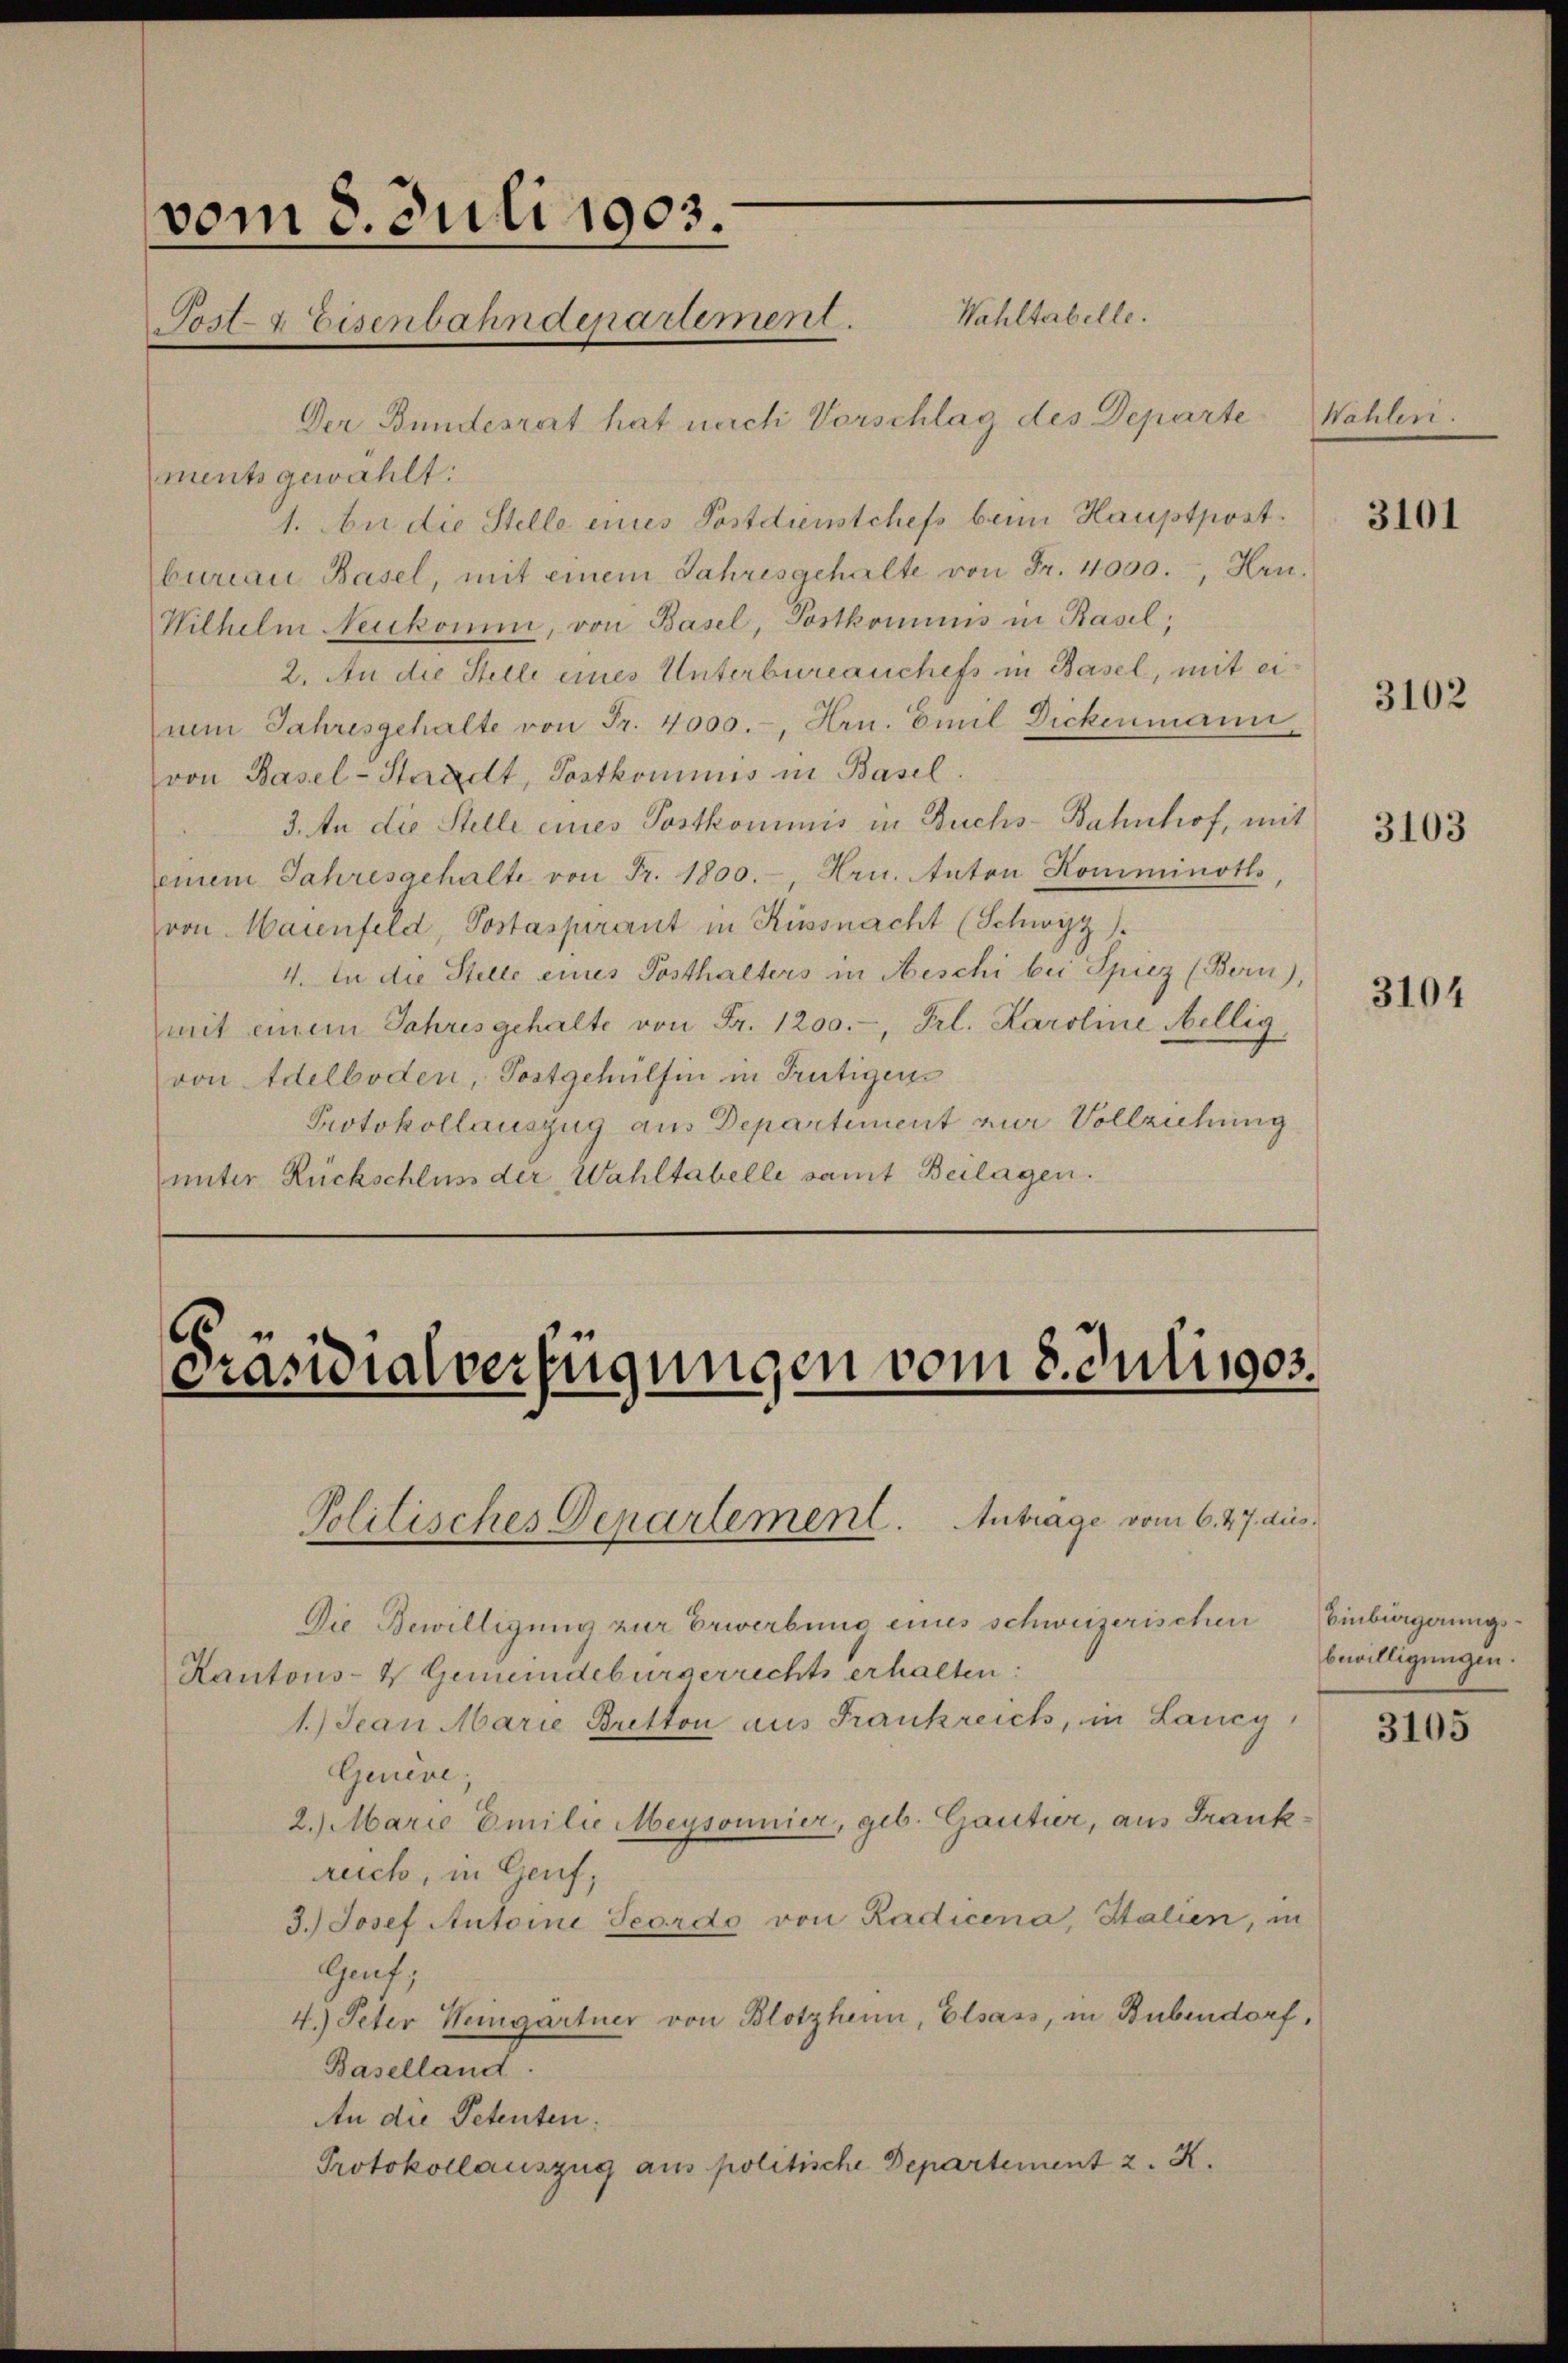
vom 8. Juli 1903.
Post- & Eisenbahndepartement.

Präsidialverfügungen vom 8. Juli 1905.

Politisches Departement. Antrage vom 6. 27. dies

Wahltabelle.
Der Bundesrat hat nach Vorschlag des Departe
ments gewählt:
1. An die Stelle eines Postdienstchefs beim Hauptpost.
bureau Basel, mit einem Jahresgehalte von Fr. 4000., Hrn.
Wilhelm Neukomm, von Basel, Postkommnis in Basel,
2. An die Stelle eines Unterbureauchefs in Basel, mit eiuum Jahresgehalte von Fr. 4000.-, Hrn. Emil Dickenmann
von Basel-Staadt, Postkommnis in Basel.
3. An die Stelle eines Postkommnis in Buchs-Bahnhof, mit
einem Jahresgehalte von Fr. 1800.- Hrn. Anton Komminoth
von Maienfeld, Postaspirant in Küssnacht (Schwyz).
4. In die Stelle eines Posthalters in Aeschi bei Spiez (Bern),
mit einem Jahres gehalte von Fr. 1200.- Frl. Karoline Nellig,
von Adelboden, Postgehülfen in Trütigers
Protokollauszug aus Departement zur Vollziehung
unter Rückschluss der Wahltabelle samt Beilagen.

Die Bewilligung zur Erwerbung eines schweizerischen
Kantons- & Gemeindebürgerrechts erhalten:
1.) Jean Marie Bretton aus Frankreich, in Lancy,
Genere,
2.) Marie Emilie Meysonnier, geb. Gautier, aus Frankruch, in Genf,
3.) Josef Antoine Teordo von Radicena, Italien, in
Grf;
4.) Peter Heingartner von Blotzheim, Elsass, in Bubendorf,
Baselland.
An die Petenten.
Protokollauszug aus politische Departement 2. X.

Wähleri

3101

3102

3103

3104

Einbingerungsbewilligungen.

3105